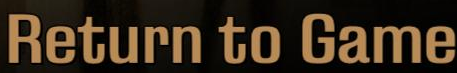
Return to Game